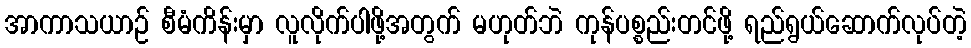
အာကာသယာဉ် စီမံကိန်းမှာ လူလိုက်ပါဖို့အတွက် မဟုတ်ဘဲ ကုန်ပစ္စည်းတင်ဖို့ ရည်ရွယ်ဆောက်လုပ်တဲ့